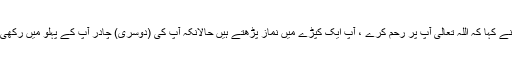
میں نے کہا کہ اللہ تعالیٰ آپ پر رحم کرے ، آپ ایک کپڑے میں نماز پڑھتے ہیں حالانکہ آپ کی (دوسری) چادر آپ کے پہلو میں رکھی ہے۔